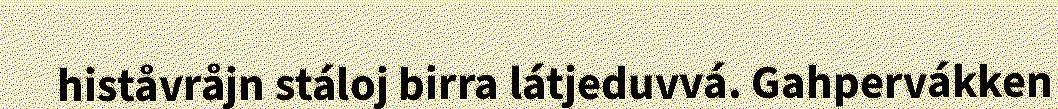
histåvråjn stáloj birra látjeduvvá. Gahpervákken